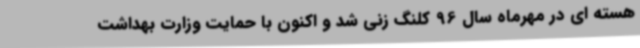
هسته ای در مهرماه سال 96 کلنگ زنی شد و اکنون با حمایت وزارت بهداشت